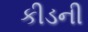
કીડની